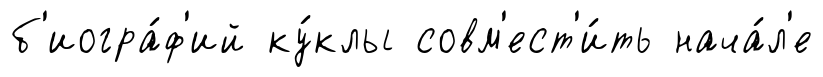
б'иогра́ф'ий ку́клы совм'ест'и́ть нача́л'е